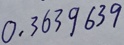
0 . 3 6 3 9 6 3 9